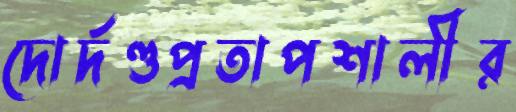
দোর্দণ্ডপ্রতাপশালীর